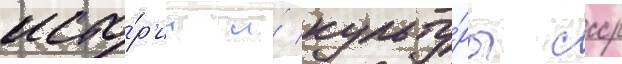
исто́р'ии и́ культу́ры ссср